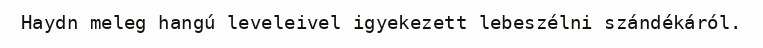
Haydn meleg hangú leveleivel igyekezett lebeszélni szándékáról.